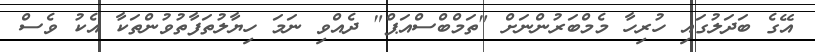
އޭގެ ބަދަލުގައި ހުރިހާ މެމްބަރުންނަށް "ތަމްބްސްއަޕް" ދެއްވި ނަމަ ހިޔާލުތަފާތުވުންތަކާ އެކު ވެސް